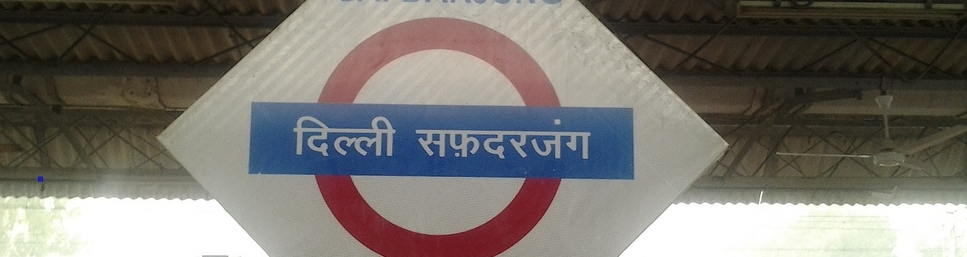
Language: hindi
Transcription: दिल्ली